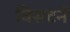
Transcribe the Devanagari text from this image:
विसटर्न